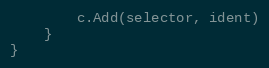
Language: Go
		c.Add(selector, ident)
	}
}